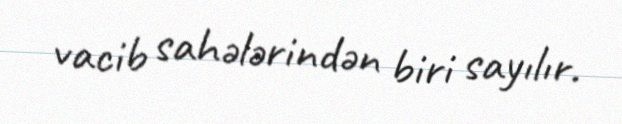
vacib sahələrindən biri sayılır.